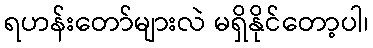
ရဟန်းတော်များလဲ မရှိနိုင်တော့ပါ၊